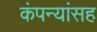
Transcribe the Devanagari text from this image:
कंपन्यांसह